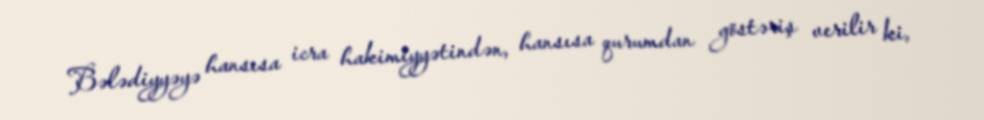
Bələdiyyəyə hansısa icra hakimiyyətindən, hansısa qurumdan göstəriş verilir ki,